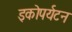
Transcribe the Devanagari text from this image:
इकोपर्यटन